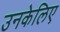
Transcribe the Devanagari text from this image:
उनकेलिए